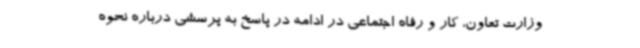
وزارت تعاون، کار و رفاه اجتماعی در ادامه در پاسخ به پرسشی درباره نحوه